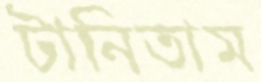
টানিতাম